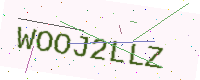
Text: WOOJ2LLZ